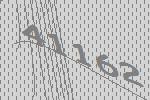
41162